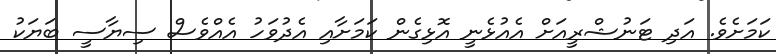
ކަމަށެވެ. އަދި ޓަނުޝްރީއަށް އެއުޅެނީ އޮޅިގެން ކަމަށާއި އެދުވަހު އެއްވެސް ސިޔާސީ ބަޔަކު